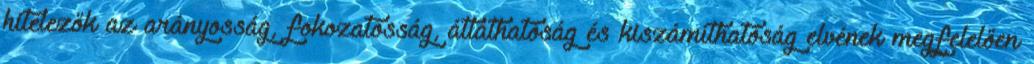
hitelezők az arányosság, fokozatosság, átláthatóság és kiszámíthatóság elvének megfelelően